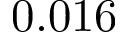
0 . 0 1 6